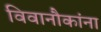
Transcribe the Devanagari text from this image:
विवानौकांना